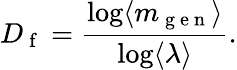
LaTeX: D_{\mathrm{~f~}}=\frac{\log\langle m_{\mathrm{~g~e~n~}}\rangle}{\log\langle\lambda\rangle}.